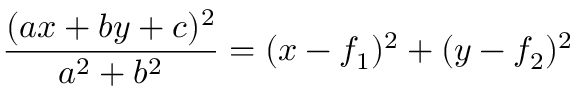
{ \frac { ( a x + b y + c ) ^ { 2 } } { a ^ { 2 } + b ^ { 2 } } } = ( x - f _ { 1 } ) ^ { 2 } + ( y - f _ { 2 } ) ^ { 2 }